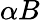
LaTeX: \alpha B